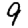
Digit: 9